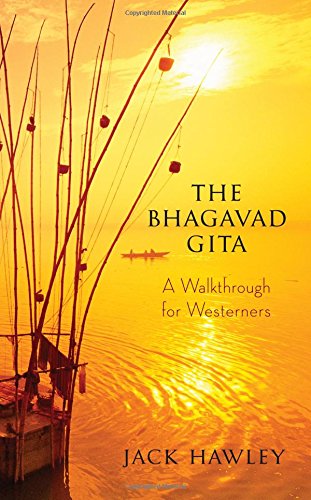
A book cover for The Bhagavad Gita: A Walkthrough for Westerners; Jack Hawley; Religion & Spirituality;